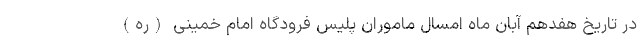
در تاریخ هفدهم آبان ماه امسال ماموران پلیس فرودگاه امام خمینی (ره)